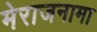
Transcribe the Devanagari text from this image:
मेराजनामा